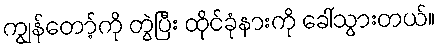
ကျွန်တော့်ကို တွဲပြီး ထိုင်ခုံနားကို ခေါ်သွားတယ်။